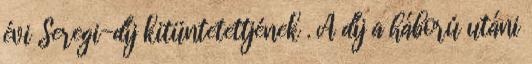
évi Seregi-díj kitüntetettjének . A díj a háború utáni